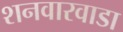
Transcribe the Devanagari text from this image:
शनवारवाडा